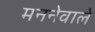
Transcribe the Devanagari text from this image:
मननेवाले